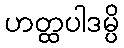
ဟတ္ထပါဒမ္ပိ